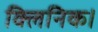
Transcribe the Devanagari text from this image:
क्लिनिक।